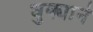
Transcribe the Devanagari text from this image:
धुक्याने